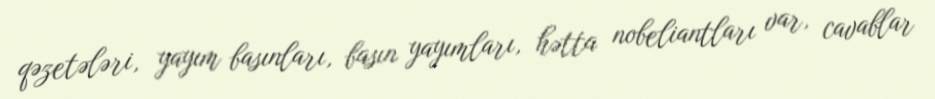
qəzetələri, yayım basınları, basın yayımları, hətta nobeliantları var, cavablar